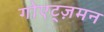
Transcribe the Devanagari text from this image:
गोएट्ज़मन